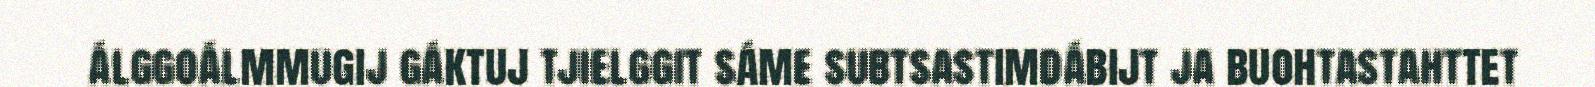
álggoálmmugij gáktuj tjielggit sáme subtsastimdábijt ja buohtastahttet